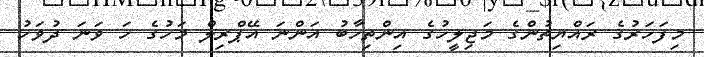
މިފަހަރުގެ ރައްޔިތުންގެ މަޖިލީހުގެ އިންތިހާބު އަންނަ އޭޕްރިލް މަހުގެ ހަ ވަނަ ދުވަހު